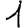
Digit: 1